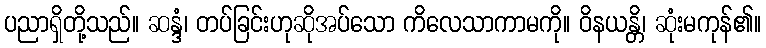
ပညာရှိတို့သည်။ ဆန္ဒံ၊ တပ်ခြင်းဟုဆိုအပ်သော ကိလေသာကာမကို။ ဝိနယန္တိ၊ ဆုံးမကုန်၏။